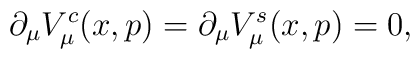
\partial_\mu V_\mu^c (x,p) = \partial_\mu V_\mu^s(x,p) = 0,